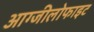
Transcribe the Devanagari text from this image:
आग्जीलोफाइट